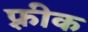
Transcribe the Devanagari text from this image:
फ़्रीक